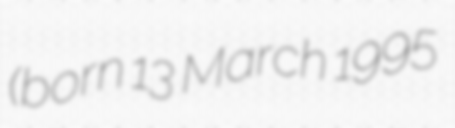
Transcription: (born 13 March 1995